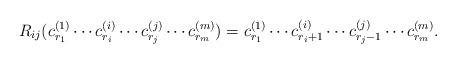
LaTeX: \begin{align*}R_{ij}(c_{r_1}^{(1)}\cdots c_{r_i}^{(i)}\cdots c_{r_j}^{(j)} \cdots c_{r_m}^{(m)}) = c_{r_1}^{(1)}\cdots c_{r_i+1}^{(i)}\cdots c_{r_j-1}^{(j)} \cdots c_{r_m}^{(m)}.\end{align*}